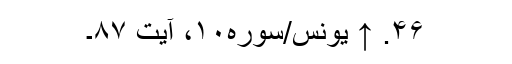
۴۶. ↑ یونس/سوره۱۰، آیت ۸۷۔